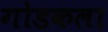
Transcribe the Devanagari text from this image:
गोडकला